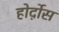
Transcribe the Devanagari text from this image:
होर्द़ोस